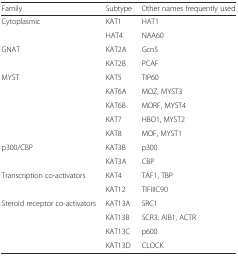
| Family | Subtype | Other names frequently used |
 | --- | --- | --- |
 | <ROWSPAN=2> Cytoplasmic | KAT1 | HAT1 |
 | HAT4 | NAA60 |
 | <ROWSPAN=2> GNAT | KAT2A | Gcn5 |
 | KAT2B | PCAF |
 | <ROWSPAN=5> MYST | KAT5 | TIP60 |
 | KAT6A | MOZ, MYST3 |
 | KAT6B | MORF, MYST4 |
 | KAT7 | HBO1, MYST2 |
 | KAT8 | MOF, MYST1 |
 | <ROWSPAN=2> p300/CBP | KAT3B | p300 |
 | KAT3A | CBP |
 | <ROWSPAN=2> Transcription co-activators | KAT4 | TAF1, TBP |
 | KAT12 | TIFIIIC90 |
 | <ROWSPAN=4> Steroid receptor co-activators | KAT13A | SRC1 |
 | KAT13B | SCR3, AIB1, ACTR |
 | KAT13C | p600 |
 | KAT13D | CLOCK |